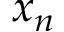
x _ { n }